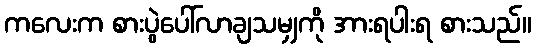
ကလေးက စားပွဲပေါ်လာချသမျှကို အားရပါးရ စားသည်။